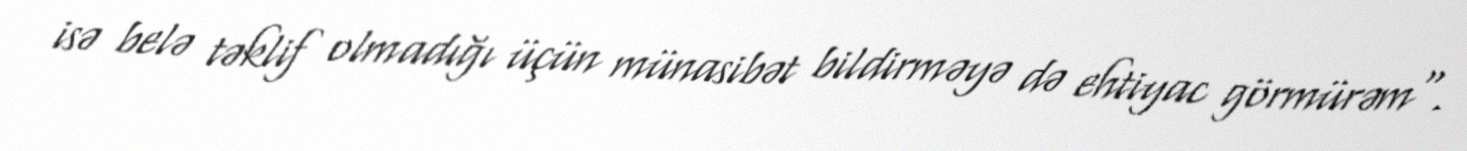
isə belə təklif olmadığı üçün münasibət bildirməyə də ehtiyac görmürəm".